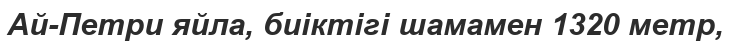
Ай-Петри яйла, биіктігі шамамен 1320 метр,